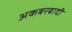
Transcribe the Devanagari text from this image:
अकबरबादी